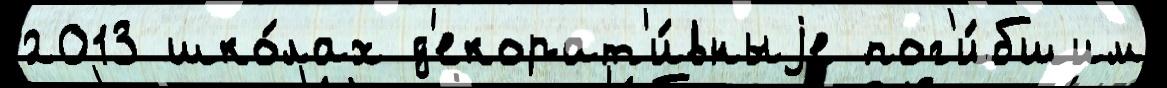
2013 шко́лах д'екорат'и́вныjе пог'и́бшим